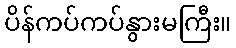
ပိန်ကပ်ကပ်နွားမကြီး။